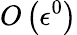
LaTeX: O\left(\epsilon^{0}\right)